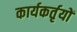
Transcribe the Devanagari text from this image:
कार्यकर्तृयों